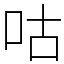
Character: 咕